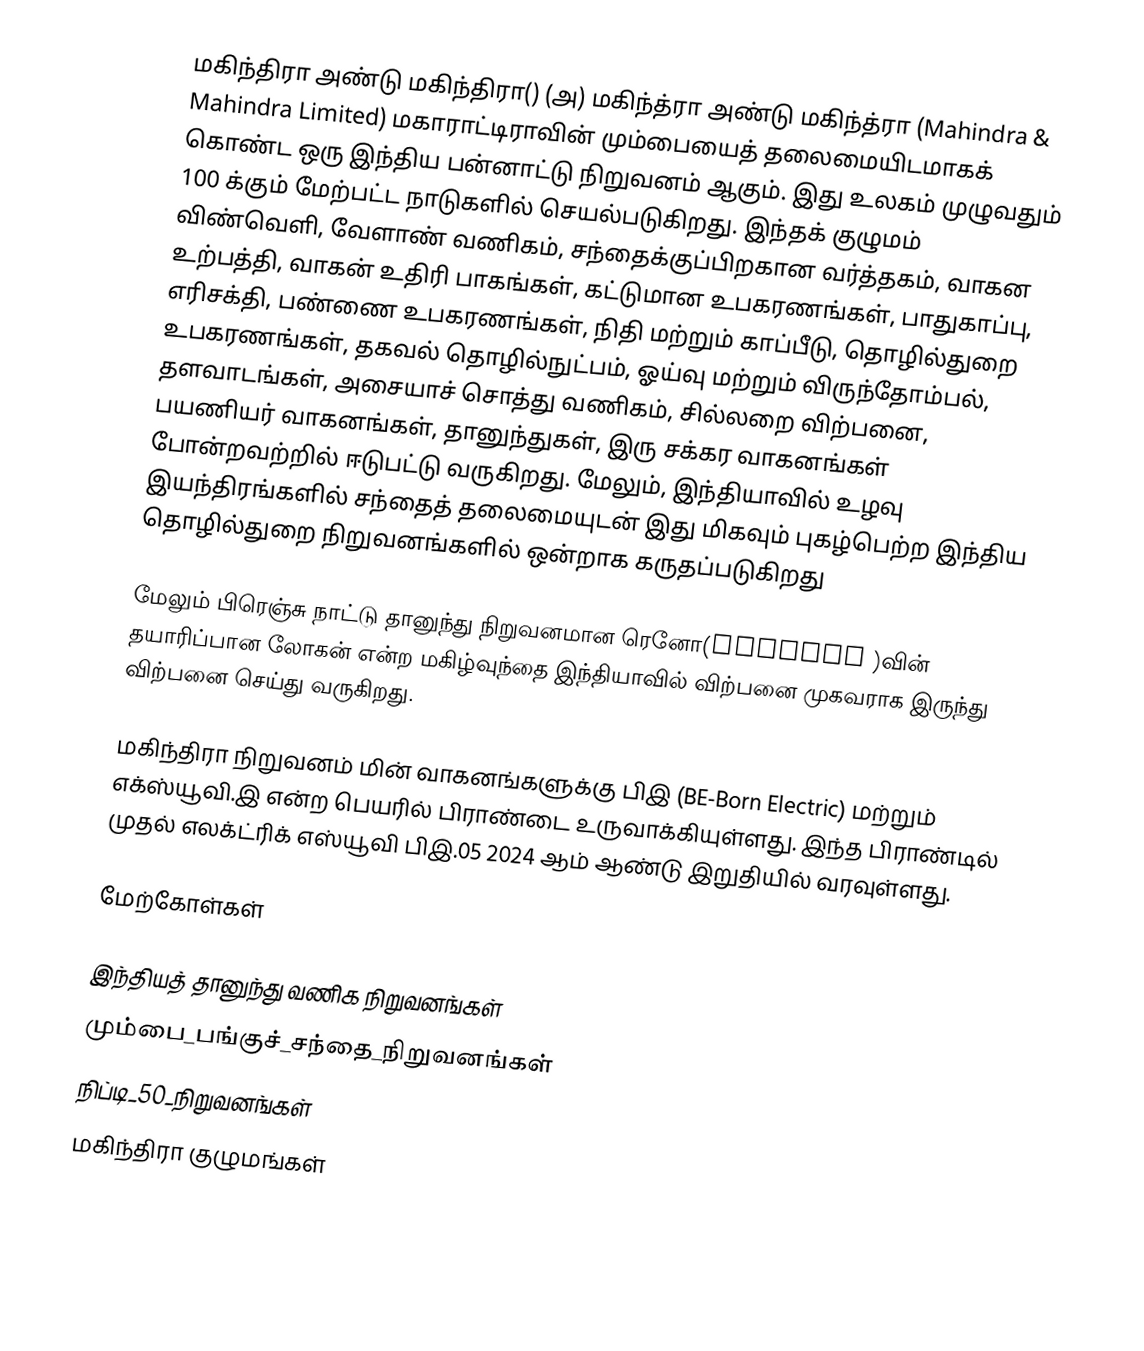
மகிந்திரா அண்டு மகிந்திரா() (அ) மகிந்த்ரா அண்டு மகிந்த்ரா (Mahindra & Mahindra Limited) மகாராட்டிராவின் மும்பையைத் தலைமையிடமாகக் கொண்ட ஒரு இந்திய பன்னாட்டு நிறுவனம் ஆகும். இது உலகம் முழுவதும் 100 க்கும் மேற்பட்ட நாடுகளில் செயல்படுகிறது. இந்தக் குழுமம் விண்வெளி, வேளாண் வணிகம், சந்தைக்குப்பிறகான வர்த்தகம், வாகன உற்பத்தி, வாகன் உதிரி பாகங்கள், கட்டுமான உபகரணங்கள், பாதுகாப்பு, எரிசக்தி, பண்ணை உபகரணங்கள், நிதி மற்றும் காப்பீடு, தொழில்துறை உபகரணங்கள், தகவல் தொழில்நுட்பம், ஓய்வு மற்றும் விருந்தோம்பல், தளவாடங்கள், அசையாச் சொத்து வணிகம், சில்லறை விற்பனை, பயணியர் வாகனங்கள், தானுந்துகள், இரு சக்கர வாகனங்கள் போன்றவற்றில் ஈடுபட்டு வருகிறது. மேலும், இந்தியாவில் உழவு இயந்திரங்களில் சந்தைத் தலைமையுடன் இது மிகவும் புகழ்பெற்ற இந்திய தொழில்துறை நிறுவனங்களில் ஒன்றாக கருதப்படுகிறது

மேலும் பிரெஞ்சு நாட்டு தானுந்து நிறுவனமான ரெனோ(Renault )வின் தயாரிப்பான லோகன் என்ற மகிழ்வுந்தை இந்தியாவில் விற்பனை முகவராக இருந்து விற்பனை செய்து வருகிறது.

மகிந்திரா நிறுவனம் மின் வாகனங்களுக்கு பிஇ (BE-Born Electric) மற்றும் எக்ஸ்யூவி.இ என்ற பெயரில் பிராண்டை உருவாக்கியுள்ளது. இந்த பிராண்டில் முதல் எலக்ட்ரிக் எஸ்யூவி பிஇ.05 2024 ஆம் ஆண்டு இறுதியில் வரவுள்ளது.

மேற்கோள்கள்

இந்தியத் தானுந்து வணிக நிறுவனங்கள்
மும்பை_பங்குச்_சந்தை_நிறுவனங்கள்
நிப்டி_50_நிறுவனங்கள்
மகிந்திரா குழுமங்கள்